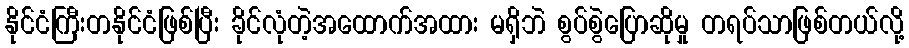
နိုင်ငံကြီးတနိုင်ငံဖြစ်ပြီး ခိုင်လုံတဲ့အထောက်အထား မရှိဘဲ စွပ်စွဲပြောဆိုမှု တရပ်သာဖြစ်တယ်လို့